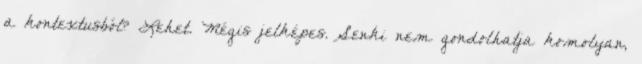
a kontextusból? Lehet. Mégis jelképes. Senki nem gondolhatja komolyan,